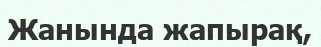
Жанында жапырақ,